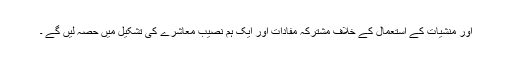
اور منشیات کے استعمال کے خلاف مشترکہ مفادات اور ایک ہم نصیب معاشرے کی تشکیل میں حصہ لیں گے ۔